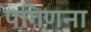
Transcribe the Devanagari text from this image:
पगिणना